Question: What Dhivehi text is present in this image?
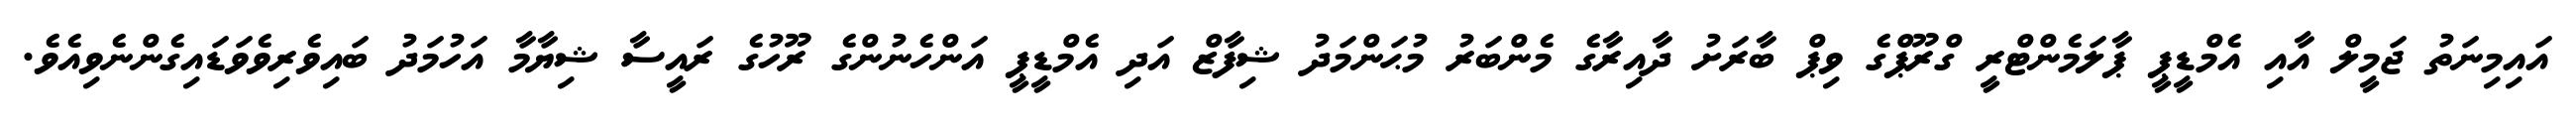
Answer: އައިމިނަތު ޖަމީލް އާއި އެމްޑީޕީ ޕާލަމެންޓްރީ ގްރޫޕްގެ ވިޕް ބާރަށު ދާއިރާގެ މެންބަރު މުޙަންމަދު ޝިފާޒް އަދި އެމްޑީޕީ އަންހެނުންގެ ރޫހުގެ ރައީސާ ޝިޔާމާ އަހުމަދު ބައިވެރިވެވަޑައިގެންނެވިއެވެ.